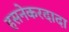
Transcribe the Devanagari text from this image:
हसनेकरदादा